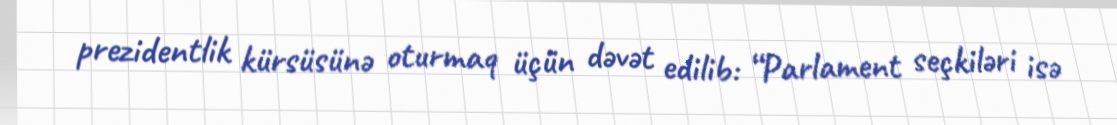
prezidentlik kürsüsünə oturmaq üçün dəvət edilib: “Parlament seçkiləri isə